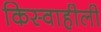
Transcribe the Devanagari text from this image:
किस्वाहीली